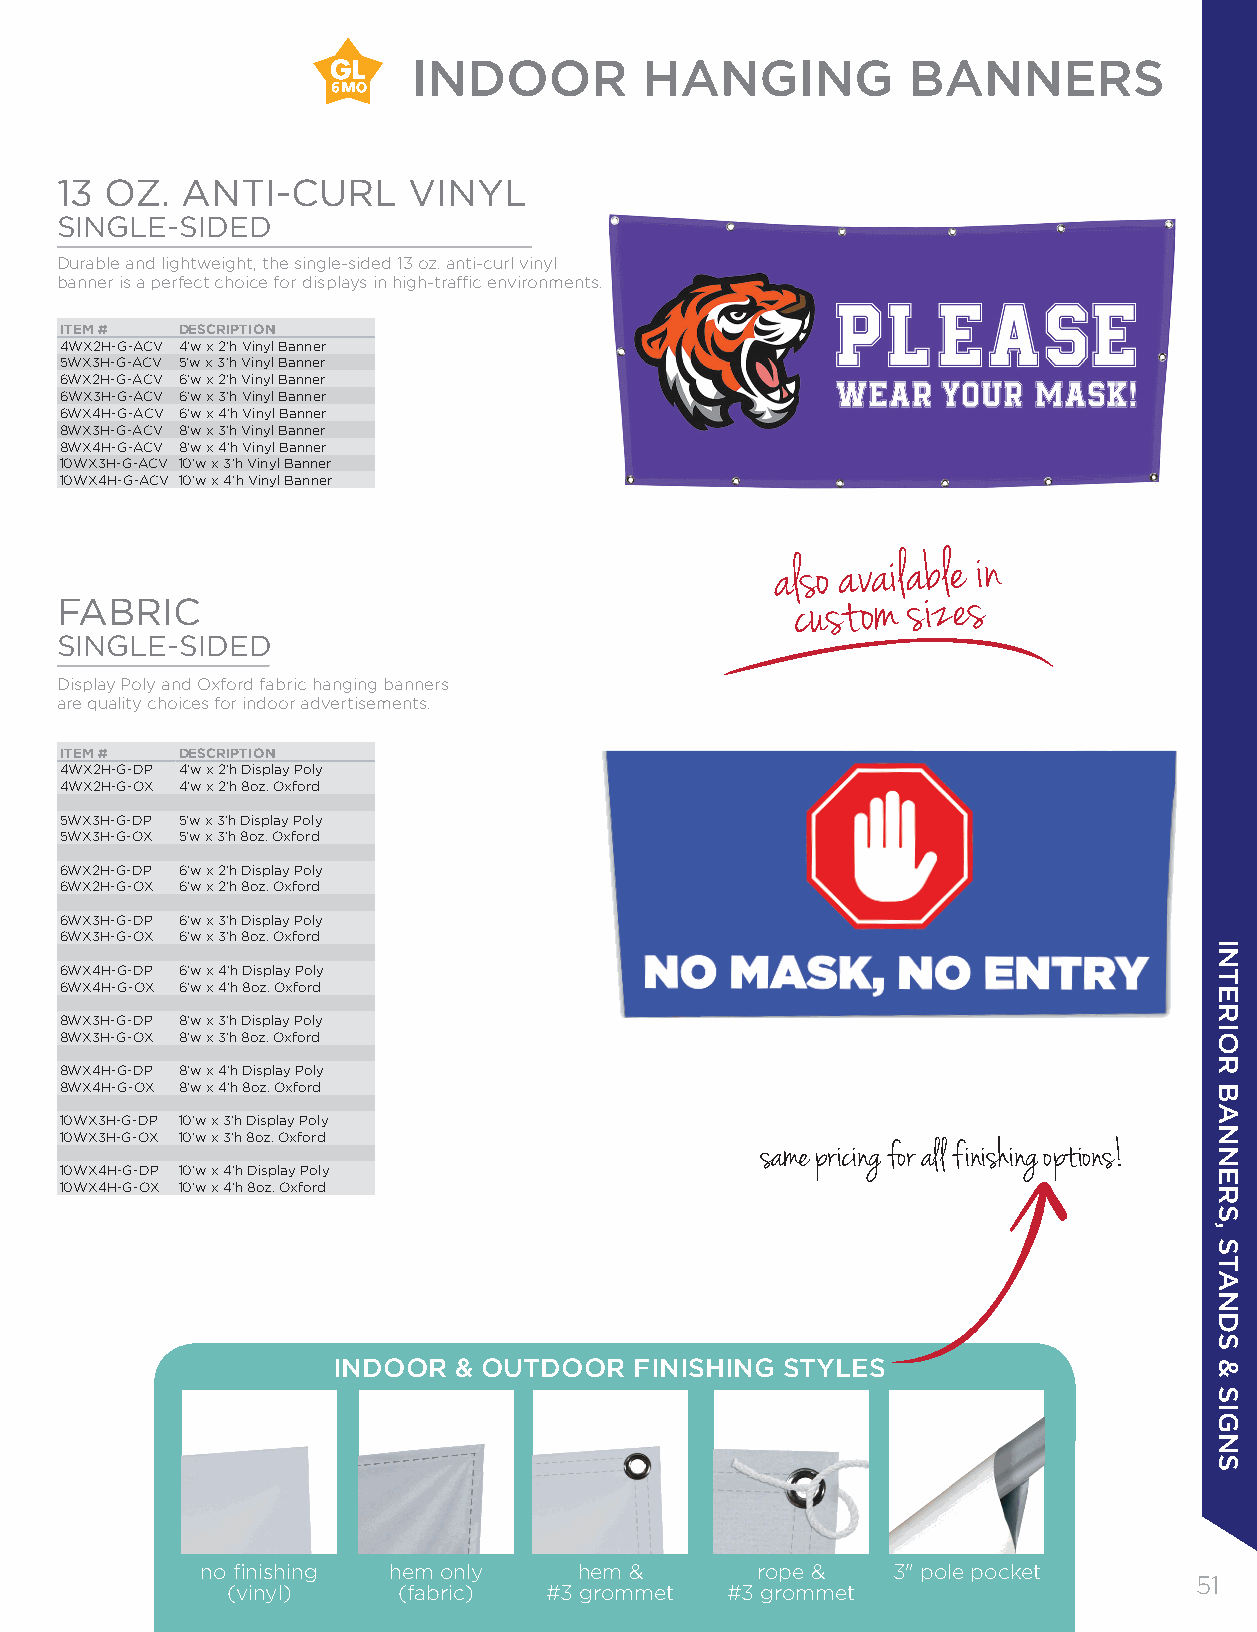
INDOOR          HANGING          BANNERS
 13 OZ.  ANTI-CURL      VINYL
 SINGLE-SIDED
 Durable and lightweight, the single-sided 13 oz. anti-curl vinyl
 banner is a perfect choice for displays in high-traffic environments.
 ITEM #  DESCRIPTION
 4WX2H-G-ACV 4'w x 2'h Vinyl Banner
 5WX3H-G-ACV 5'w x 3'h Vinyl Banner
 6WX2H-G-ACV 6'w x 2'h Vinyl Banner
 6WX3H-G-ACV 6'w x 3'h Vinyl Banner
 6WX4H-G-ACV 6'w x 4'h Vinyl Banner
 8WX3H-G-ACV 8'w x 3'h Vinyl Banner
 8WX4H-G-ACV 8'w x 4'h Vinyl Banner
 10WX3H-G-ACV 10'w x 3'h Vinyl Banner
 10WX4H-G-ACV 10'w x 4'h Vinyl Banner
 also available in
 FABRIC
 custom sizes
 SINGLE-SIDED
 Display Poly and Oxford fabric hanging banners
 are quality choices for indoor advertisements.
 ITEM #  DESCRIPTION
 4WX2H-G-DP 4'w x 2'h Display Poly
 4WX2H-G-OX 4'w x 2'h 8oz. Oxford
 5WX3H-G-DP 5'w x 3'h Display Poly
 5WX3H-G-OX 5'w x 3'h 8oz. Oxford
 6WX2H-G-DP 6'w x 2'h Display Poly
 6WX2H-G-OX 6'w x 2'h 8oz. Oxford
 6WX3H-G-DP 6'w x 3'h Display Poly
 6WX3H-G-OX 6'w x 3'h 8oz. Oxford
 6WX4H-G-DP 6'w x 4'h Display Poly
 6WX4H-G-OX 6'w x 4'h 8oz. Oxford
 8WX3H-G-DP 8'w x 3'h Display Poly
 8WX3H-G-OX 8'w x 3'h 8oz. Oxford
 8WX4H-G-DP 8'w x 4'h Display Poly
 8WX4H-G-OX 8'w x 4'h 8oz. Oxford
 10WX3H-G-DP 10'w x 3'h Display Poly
 10WX3H-G-OX 10'w x 3'h 8oz. Oxford
 same pricing for all finishing options!
 10WX4H-G-DP 10'w x 4'h Display Poly
 10WX4H-G-OX 10'w x 4'h 8oz. Oxford
 INDOOR  & OUTDOOR   FINISHING STYLES
 no finishing hem only    hem &       rope &   3" pole pocket
 5511
 (vinyl)    (fabric)  #3 grommet  #3 grommet
 INTERIOR
 BANNERS,
 STANDS
 &
 SIGNS